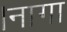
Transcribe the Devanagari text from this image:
।नागा